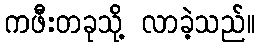
ကဖီးတခုသို့ လာခဲ့သည်။